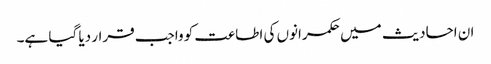
ان احادیث میں حکمرانوں کی اطاعت کو واجب قرار دیا گیا ہے۔